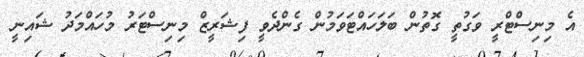
އެ މިނިސްޓްރީ ވަގުތީ ގޮތުން ބަލަހައްޓަވަމުން ގެންދެވީ ފިޝަރީޒް މިނިސްޓަރު މުހައްމަދު ޝައިނީ